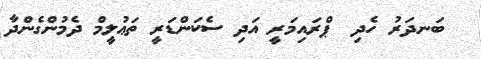
ބަނދަރު ހެދި  ޕްރައިމަރީ އަދި ސެކަންޑަރީ ތަޢުލީމް ދެމުންގެންދާ